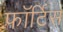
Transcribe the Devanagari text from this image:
फॉर्टिस